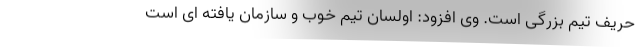
حریف تیم بزرگی است. وی افزود: اولسان تیم خوب و سازمان یافته ای است